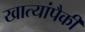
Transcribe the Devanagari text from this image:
खात्यांपैकी